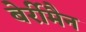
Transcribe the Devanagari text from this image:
बेर्रीमैन